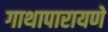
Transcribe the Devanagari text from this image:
गाथापारायणे